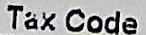
TAX CODE